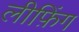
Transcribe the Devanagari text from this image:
लीफ़िंग